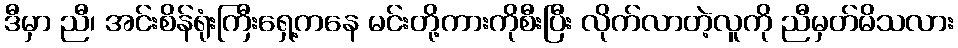
ဒီမှာ ညီ၊ အင်းစိန်ရုံးကြီးရှေ့ကနေ မင်းတို့ကားကိုစီးပြီး လိုက်လာတဲ့လူကို ညီမှတ်မိသလား